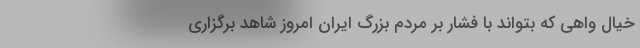
خیال واهی که بتواند با فشار بر مردم بزرگ ایران امروز شاهد برگزاری